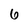
Character: 6